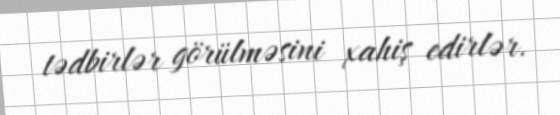
tədbirlər görülməsini xahiş edirlər.